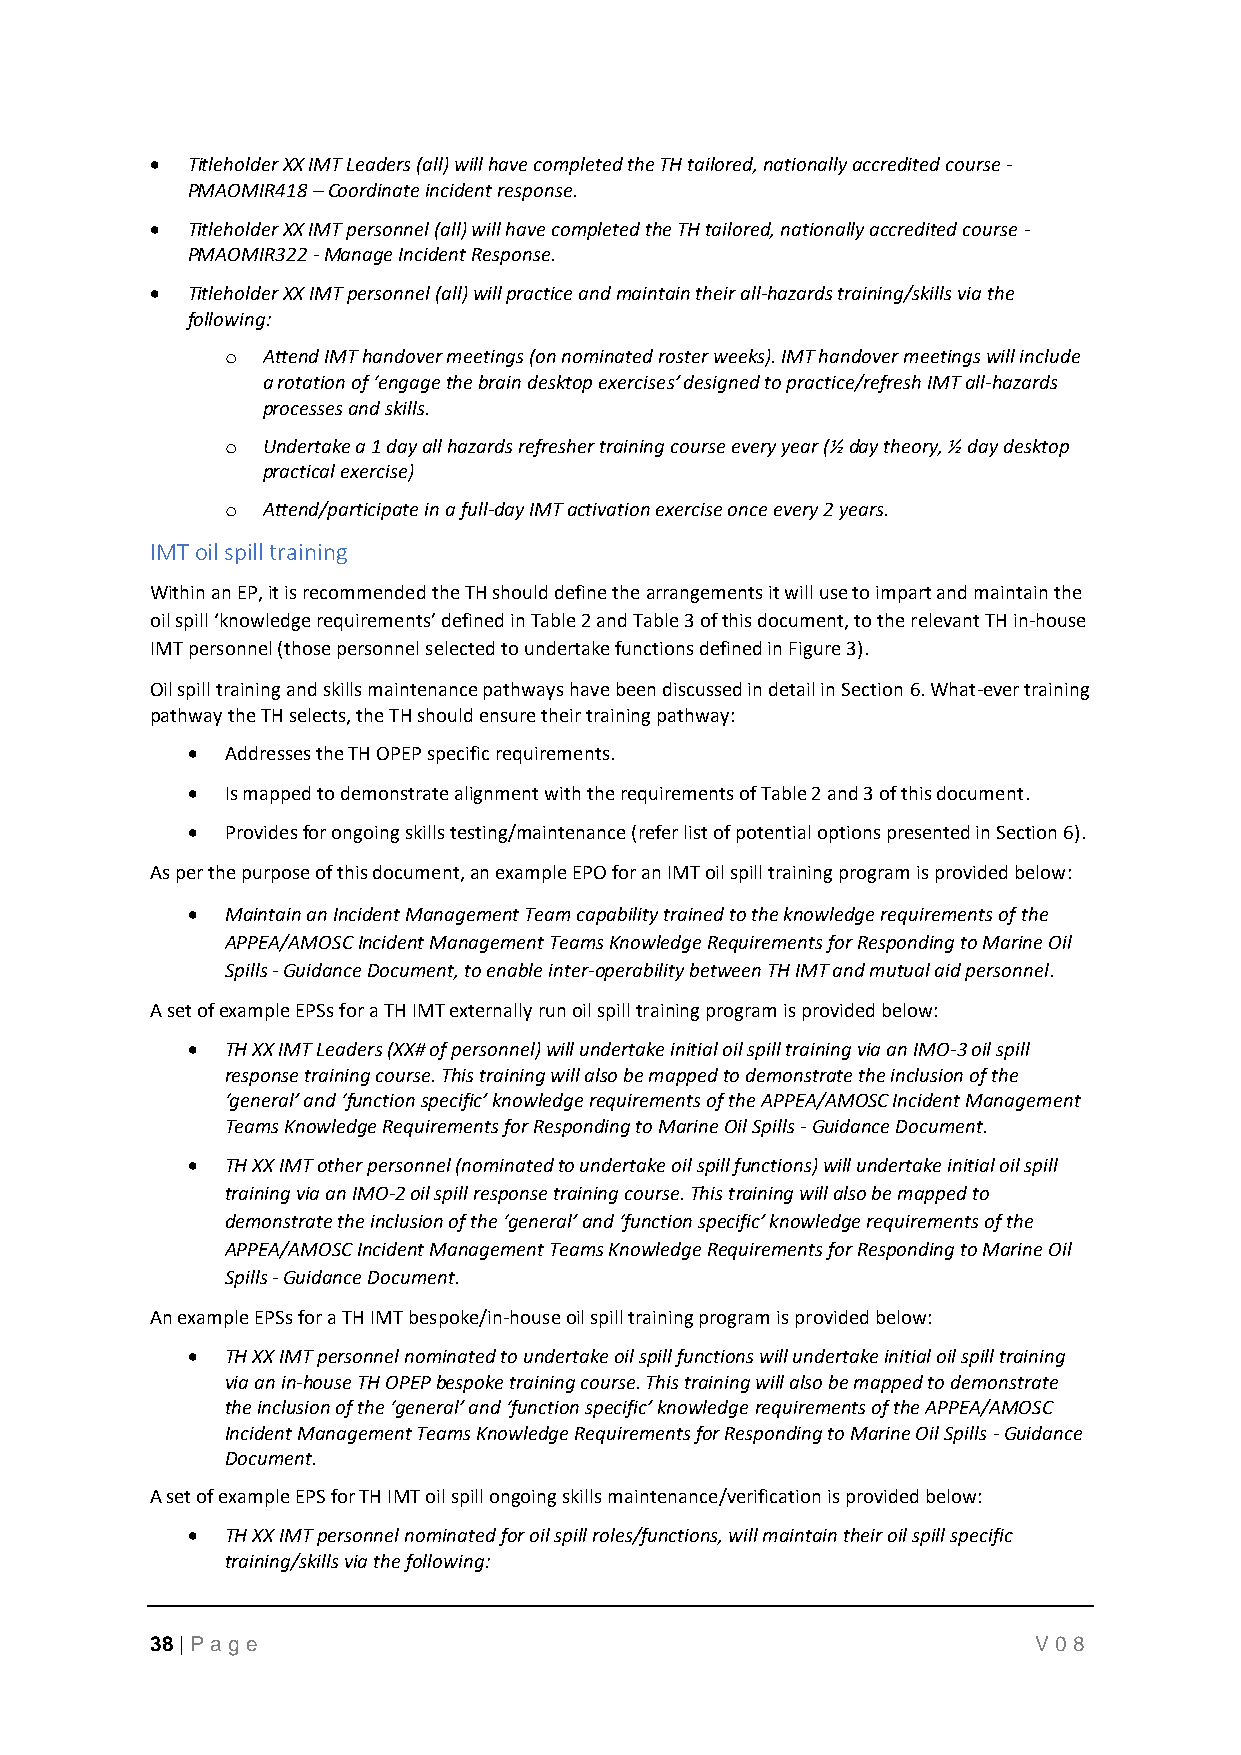
• Titleholder XX IMT Leaders (all) will have completed the TH tailored, nationally accredited course -
 PMAOMIR418 – Coordinate incident response.
 • Titleholder XX IMT personnel (all) will have completed the TH tailored, nationally accredited course -
 PMAOMIR322 - Manage Incident Response.
 • Titleholder XX IMT personnel (all) will practice and maintain their all-hazards training/skills via the
 following:
 o Attend IMT handover meetings (on nominated roster weeks). IMT handover meetings will include
 a rotation of ‘engage the brain desktop exercises’ designed to practice/refresh IMT all-hazards
 processes and skills.
 o Undertake a 1 day all hazards refresher training course every year (½ day theory, ½ day desktop
 practical exercise)
 o Attend/participate in a full-day IMT activation exercise once every 2 years.
 IMT oil spill training
 Within an EP, it is recommended the TH should define the arrangements it will use to impart and maintain the
 oil spill ‘knowledge requirements’ defined in Table 2 and Table 3 of this document, to the relevant TH in-house
 IMT personnel (those personnel selected to undertake functions defined in Figure 3).
 Oil spill training and skills maintenance pathways have been discussed in detail in Section 6. What-ever training
 pathway the TH selects, the TH should ensure their training pathway:
 •  Addresses the TH OPEP specific requirements.
 •  Is mapped to demonstrate alignment with the requirements of Table 2 and 3 of this document.
 •  Provides for ongoing skills testing/maintenance (refer list of potential options presented in Section 6).
 As per the purpose of this document, an example EPO for an IMT oil spill training program is provided below:
 •  Maintain an Incident Management Team capability trained to the knowledge requirements of the
 APPEA/AMOSC Incident Management Teams Knowledge Requirements for Responding to Marine Oil
 Spills - Guidance Document, to enable inter-operability between TH IMT and mutual aid personnel.
 A set of example EPSs for a TH IMT externally run oil spill training program is provided below:
 •  TH XX IMT Leaders (XX# of personnel) will undertake initial oil spill training via an IMO-3 oil spill
 response training course. This training will also be mapped to demonstrate the inclusion of the
 ‘general’ and ‘function specific’ knowledge requirements of the APPEA/AMOSC Incident Management
 Teams Knowledge Requirements for Responding to Marine Oil Spills - Guidance Document.
 •  TH XX IMT other personnel (nominated to undertake oil spill functions) will undertake initial oil spill
 training via an IMO-2 oil spill response training course. This training will also be mapped to
 demonstrate the inclusion of the ‘general’ and ‘function specific’ knowledge requirements of the
 APPEA/AMOSC Incident Management Teams Knowledge Requirements for Responding to Marine Oil
 Spills - Guidance Document.
 An example EPSs for a TH IMT bespoke/in-house oil spill training program is provided below:
 •  TH XX IMT personnel nominated to undertake oil spill functions will undertake initial oil spill training
 via an in-house TH OPEP bespoke training course. This training will also be mapped to demonstrate
 the inclusion of the ‘general’ and ‘function specific’ knowledge requirements of the APPEA/AMOSC
 Incident Management Teams Knowledge Requirements for Responding to Marine Oil Spills - Guidance
 Document.
 A set of example EPS for TH IMT oil spill ongoing skills maintenance/verification is provided below:
 •  TH XX IMT personnel nominated for oil spill roles/functions, will maintain their oil spill specific
 training/skills via the following:
 38 | P age                                                 V08